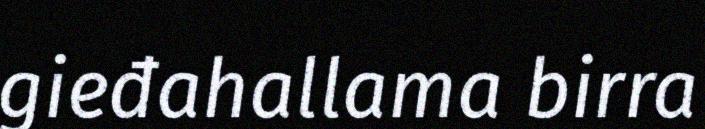
gieđahallama birra